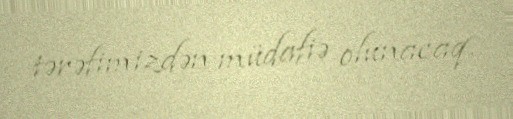
tərəfimizdən müdafiə olunacaq.